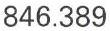
846.389